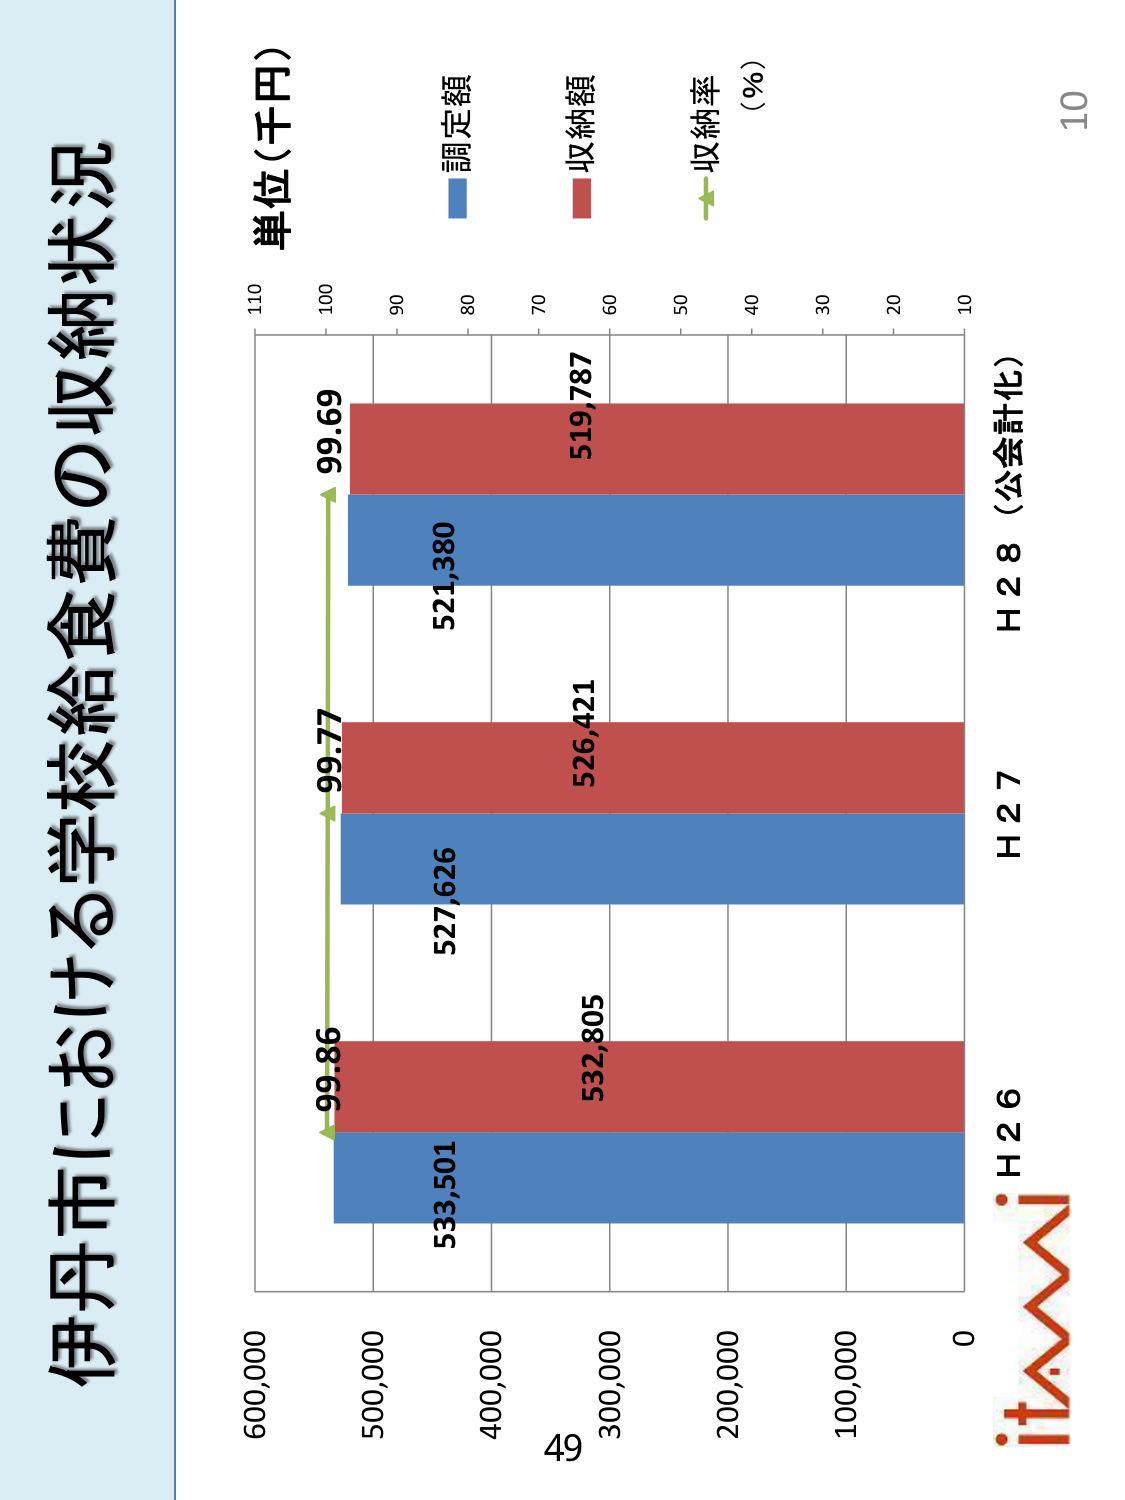
伊丹市における学校給食費の収納状況

単位（千円）

調定額
収納額
収納率（％）

H26
H27
H28（公会計化）

533,501
527,626
521,380

532,805
526,421
519,787

99.86
99.77
99.69

0
100,000
200,000
300,000
400,000
500,000
600,000

10
20
30
40
50
60
70
80
90
100
110

itami

49